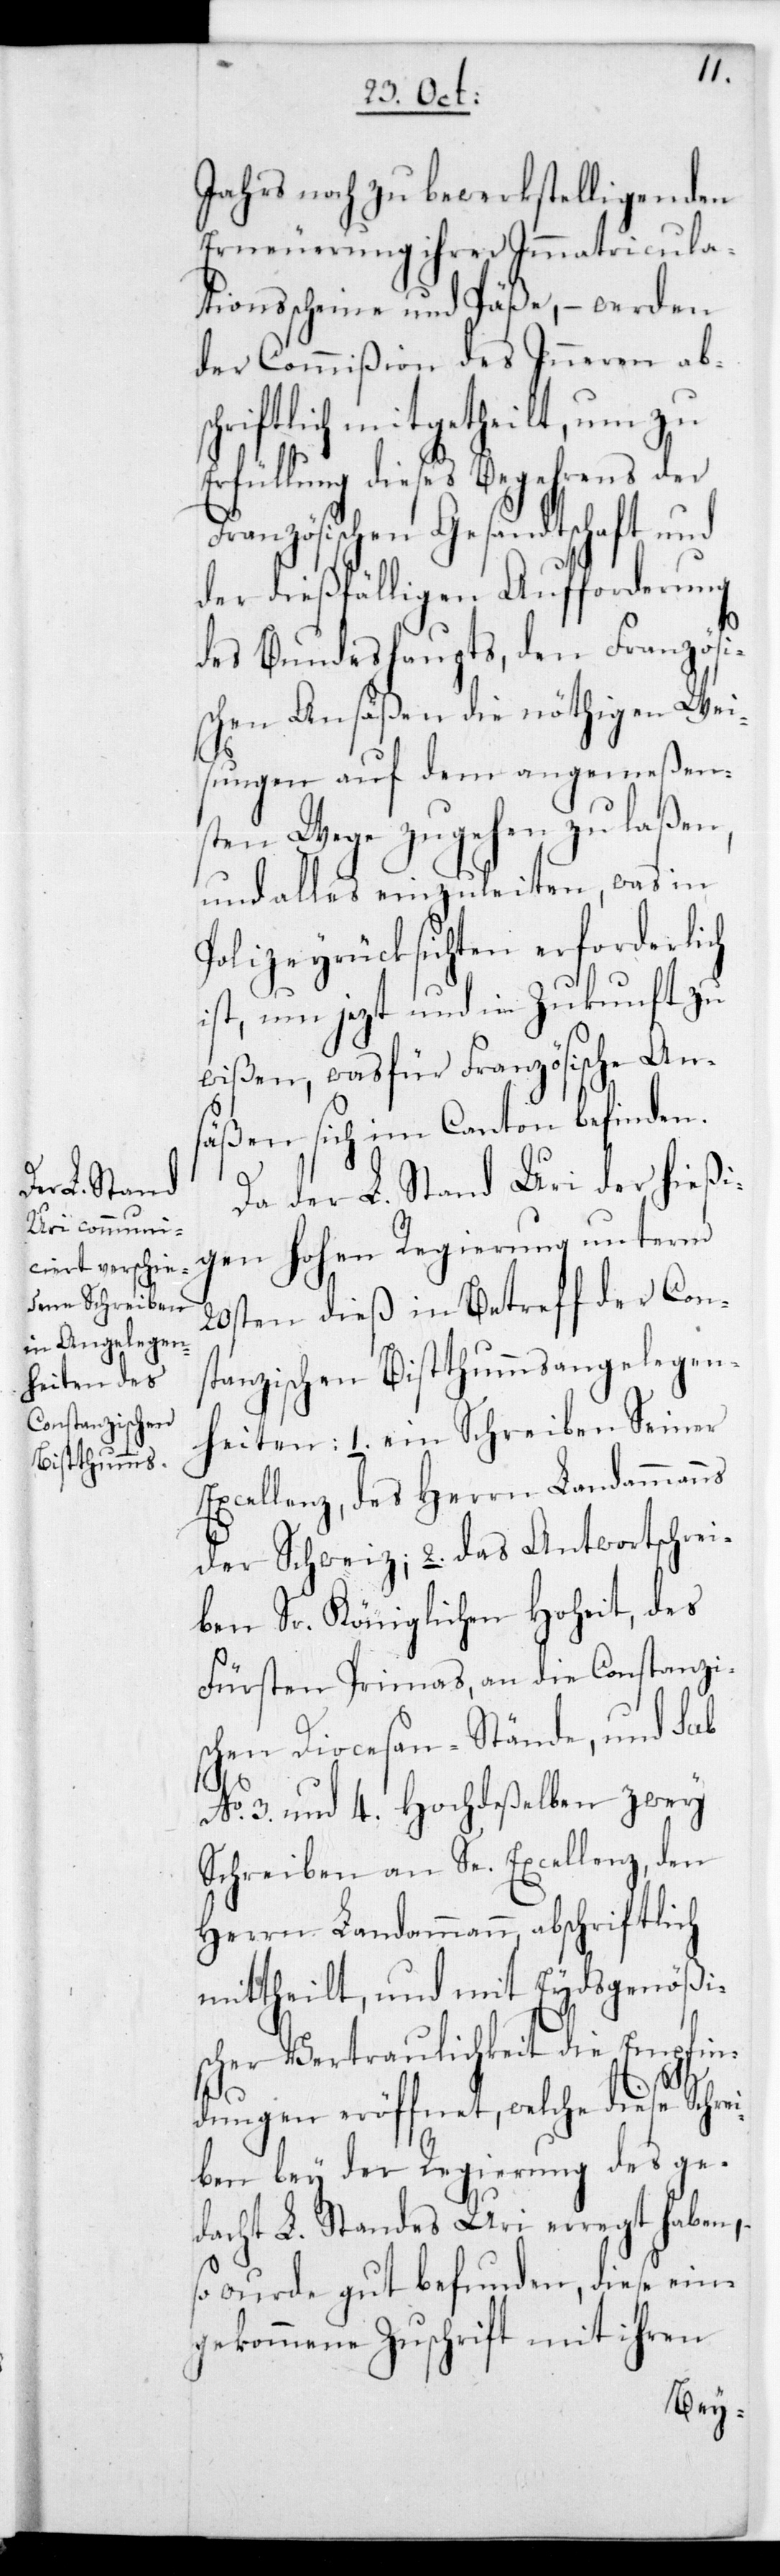
Jahrs noch zu bewerkstelligenden
Erneuerung ihrer Immatricula¬
tionsscheine und Päße, – werden
der Commißion des Inneren ab¬
riftlich mitgetheilt, um zu
rfüllung dieses Begehrens der
Französischen Gesandtschaft und
der dießfälligen Aufforderung
des Bundeshaupts, den Französi¬
schen Ansäßen die nöthigen Wei¬
sungen auf dem angemeßen¬
sten Wege zugehen zu laßen,
und alles einzuleiten, was in
Polizeyrücksichten erforderlich
ist, um jetzt und in Zukunft zu
wißen, was für Französische An¬
säßen sich im Canton befinden.
Da der L. Stand Uri der hießi¬
gen Hohen Regierung unterm
20sten dieß in Betreff der Cons¬
tanzischen Bisthumsangelegen¬
heiten: 1. ein Schreiben Sr
Excellenz des Herrn Landammanns
der Schweiz; 2. das Antwortschrei¬
ben Sr. Königlichen Hoheit des
Fürsten Primas, an die Constanzi¬
schen Diocesan-Stände; und sub
No. 3. und 4. Hochdeßelben zwey
Schreiben an Se. Excellenz den
Herrn Landammann, abschriftlich
mittheilt, und mit Eydsgenößi¬
scher Vertraulichkeit die Empfin¬
E¬
dungen eröffnet, welche diese Schre¬
iben bey der Regierung des ge¬
dacht L. Standes Uri erregt haben,
so wurde gut befunden, diese ein¬
gekommene Zuschrift mit ihren